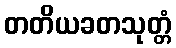
တတိယခတသုတ္တံ